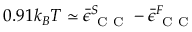
0 . 9 1 k _ { B } T \simeq \bar { \epsilon } _ { \mathrm { ~ C ~ C ~ } } ^ { S } - \bar { \epsilon } _ { \mathrm { ~ C ~ C ~ } } ^ { F }